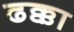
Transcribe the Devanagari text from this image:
ढक्का